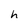
Character: h